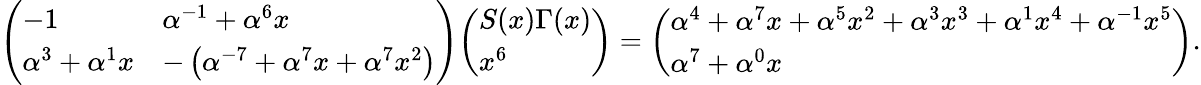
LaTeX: {\left(\begin{array}{ll}{-1}&{\alpha^{-1}+\alpha^{6}x}\\ {\alpha^{3}+\alpha^{1}x}&{-\left(\alpha^{-7}+\alpha^{7}x+\alpha^{7}x^{2}\right)}\end{array}\right)}{\left(\begin{array}{l}{S(x)\Gamma(x)}\\ {x^{6}}\end{array}\right)}={\left(\begin{array}{l}{\alpha^{4}+\alpha^{7}x+\alpha^{5}x^{2}+\alpha^{3}x^{3}+\alpha^{1}x^{4}+\alpha^{-1}x^{5}}\\ {\alpha^{7}+\alpha^{0}x}\end{array}\right)}.